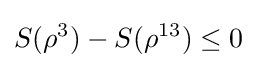
S(\rho ^{3})-S(\rho ^{13})\leq 0